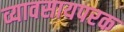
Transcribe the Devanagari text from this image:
व्यावसायपरक